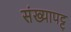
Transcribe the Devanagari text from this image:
संख्यापट्ट